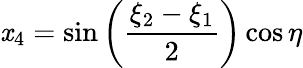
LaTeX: \mathit{x}_{4}=\sin\left({\frac{{\xi_{2}-\xi_{1}}}{{2}}}\right)\cos\eta